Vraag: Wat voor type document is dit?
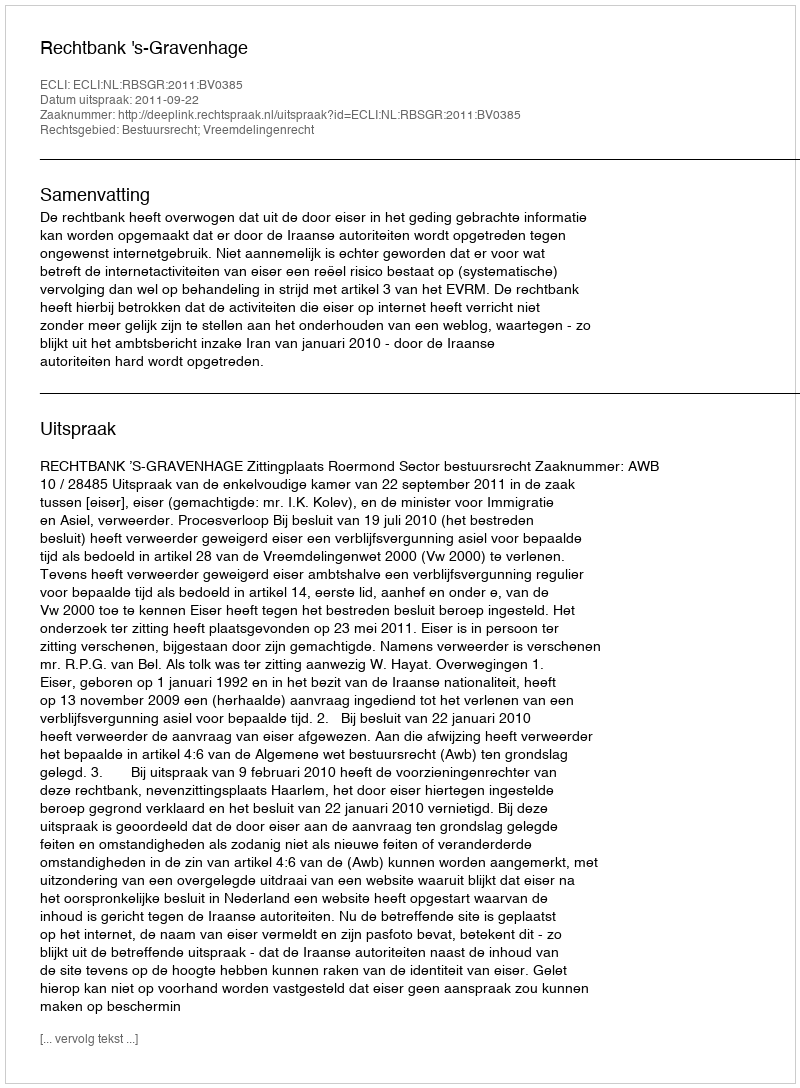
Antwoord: Uitspraak